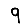
Digit: 9